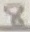
Text: 8